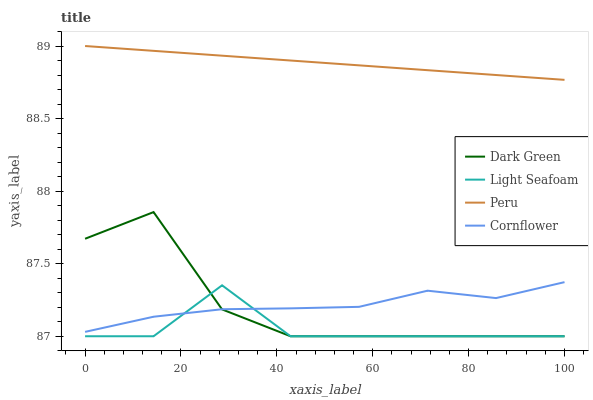
| xaxis_label | Dark Green | Light Seafoam | Peru | Cornflower |
 | --- | --- | --- | --- | --- |
 | 0 | 87.7 | 87 | 89 | 87 |
 | 14.3 | 87.9 | 87 | 89 | 87.1 |
 | 28.6 | 87.2 | 87.4 | 88.9 | 87.2 |
 | 42.9 | 87 | 87 | 88.9 | 87.2 |
 | 57.1 | 87 | 87 | 88.9 | 87.2 |
 | 71.4 | 87 | 87 | 88.8 | 87.3 |
 | 85.7 | 87 | 87 | 88.8 | 87.3 |
 | 100 | 87 | 87 | 88.8 | 87.4 |